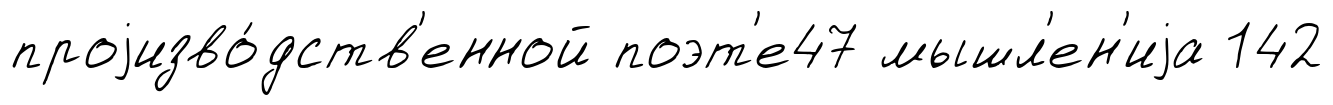
проjизво́дств'енной поэт'е47 мышл'ен'иjа 142